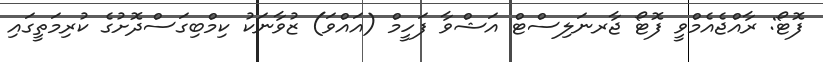
ފޮޓޯ: ރާއްޖެއެމްވީ ފޮޓޯ ޖާރނަލިސްޓް އަޝްވާ ފަހީމް (އައްވަ) ޒުވާނަކު ކިމްބިގަސްދޮށުގެ ކުރިމަތީގައި